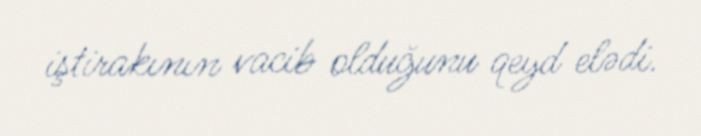
iştirakının vacib olduğunu qeyd elədi.